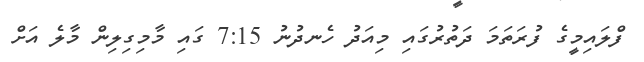
ފްލައިމީގެ ފުރަތަމަ ދަތުރުގައި މިއަދު ހެނދުނު 7:15 ގައި މާމިގިލިން މާލެ އަށް